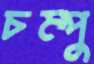
চম্পু